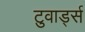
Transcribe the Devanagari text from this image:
टुवार्ड्स